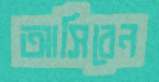
আসিবেন